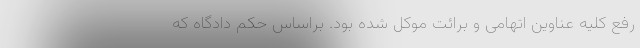
رفع کلیه عناوین اتهامی و برائت موکل شده بود. براساس حکم دادگاه که